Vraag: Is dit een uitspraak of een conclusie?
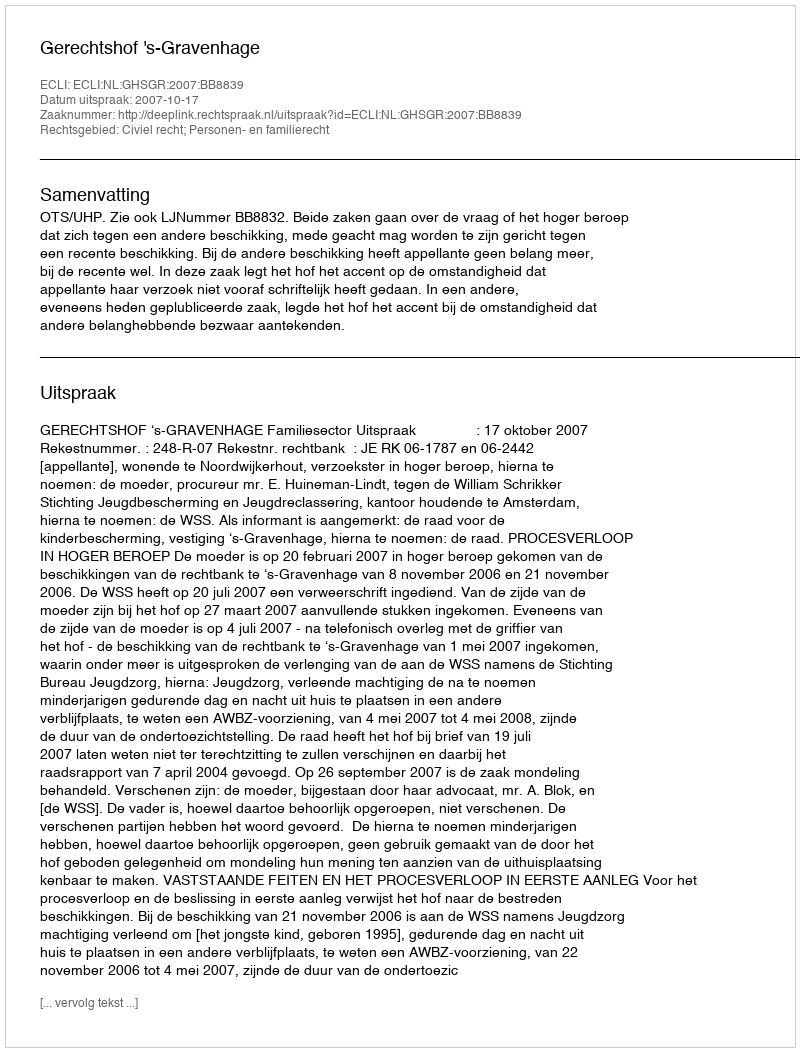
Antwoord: Uitspraak